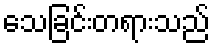
သေခြင်းတရားသည်